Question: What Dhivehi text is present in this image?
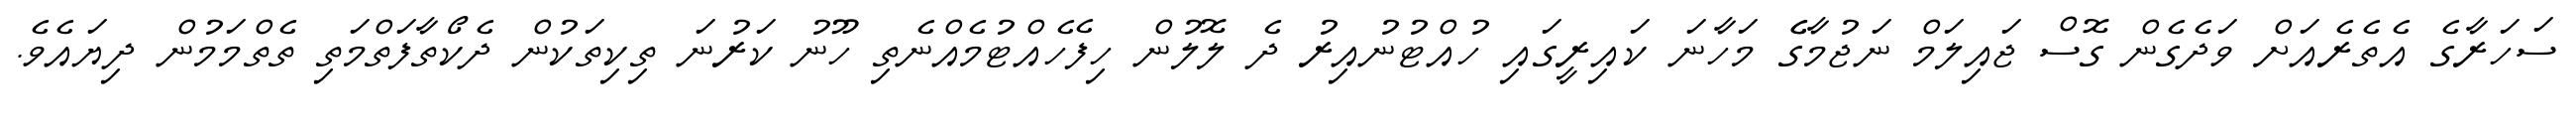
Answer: ސަހަރާގެ އެތެރެއަށް ވަދެގެން ގޮސް ޖައިލަމް ނަޖުމާގެެ މަހާނަ ކައިރީގައި ހުއްޓުނުއިރު ދެ ލޮލުން ހިފެހެއްޓުމެއްނެތި ހޫނު ކަރުނަ ތިކިތަކުން ދެކޯތާފަތްމަތި ތެތްމަމުން ދިޔައެވެ.